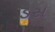
ડસ